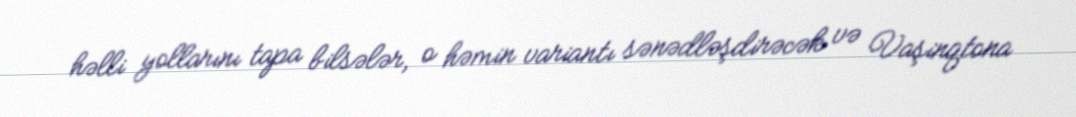
həlli yollarını tapa bilsələr, o həmin variantı sənədləşdirəcək və Vaşinqtona